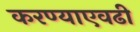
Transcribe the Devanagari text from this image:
करण्याएवढी